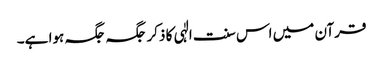
قرآن میں اس سنت الٰہی کا ذکر جگہ جگہ ہوا ہے۔